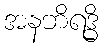
အနဘိရဒ္ဓိ